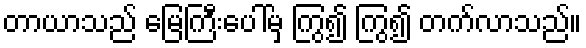
တာယာသည် မြေကြီးပေါ်မှ ကြွ၍ ကြွ၍ တက်လာသည်။